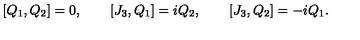
[ Q _ { 1 } , Q _ { 2 } ] = 0 , \qquad [ J _ { 3 } , Q _ { 1 } ] = i Q _ { 2 } , \qquad [ J _ { 3 } , Q _ { 2 } ] = - i Q _ { 1 } .